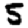
Digit: 5